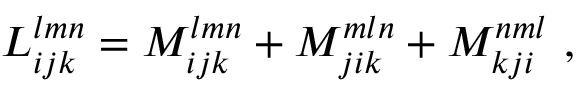
L _ { i j k } ^ { l m n } = M _ { i j k } ^ { l m n } + M _ { j i k } ^ { m l n } + M _ { k j i } ^ { n m l } \mathrm { ~ , ~ }